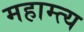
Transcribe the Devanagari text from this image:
महाम्त्य